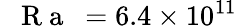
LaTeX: \mathrm{~\textit~{~R~a~}~}=6.4\times 10^{11}